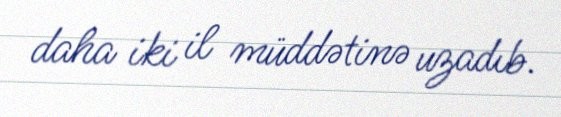
daha iki il müddətinə uzadıb.